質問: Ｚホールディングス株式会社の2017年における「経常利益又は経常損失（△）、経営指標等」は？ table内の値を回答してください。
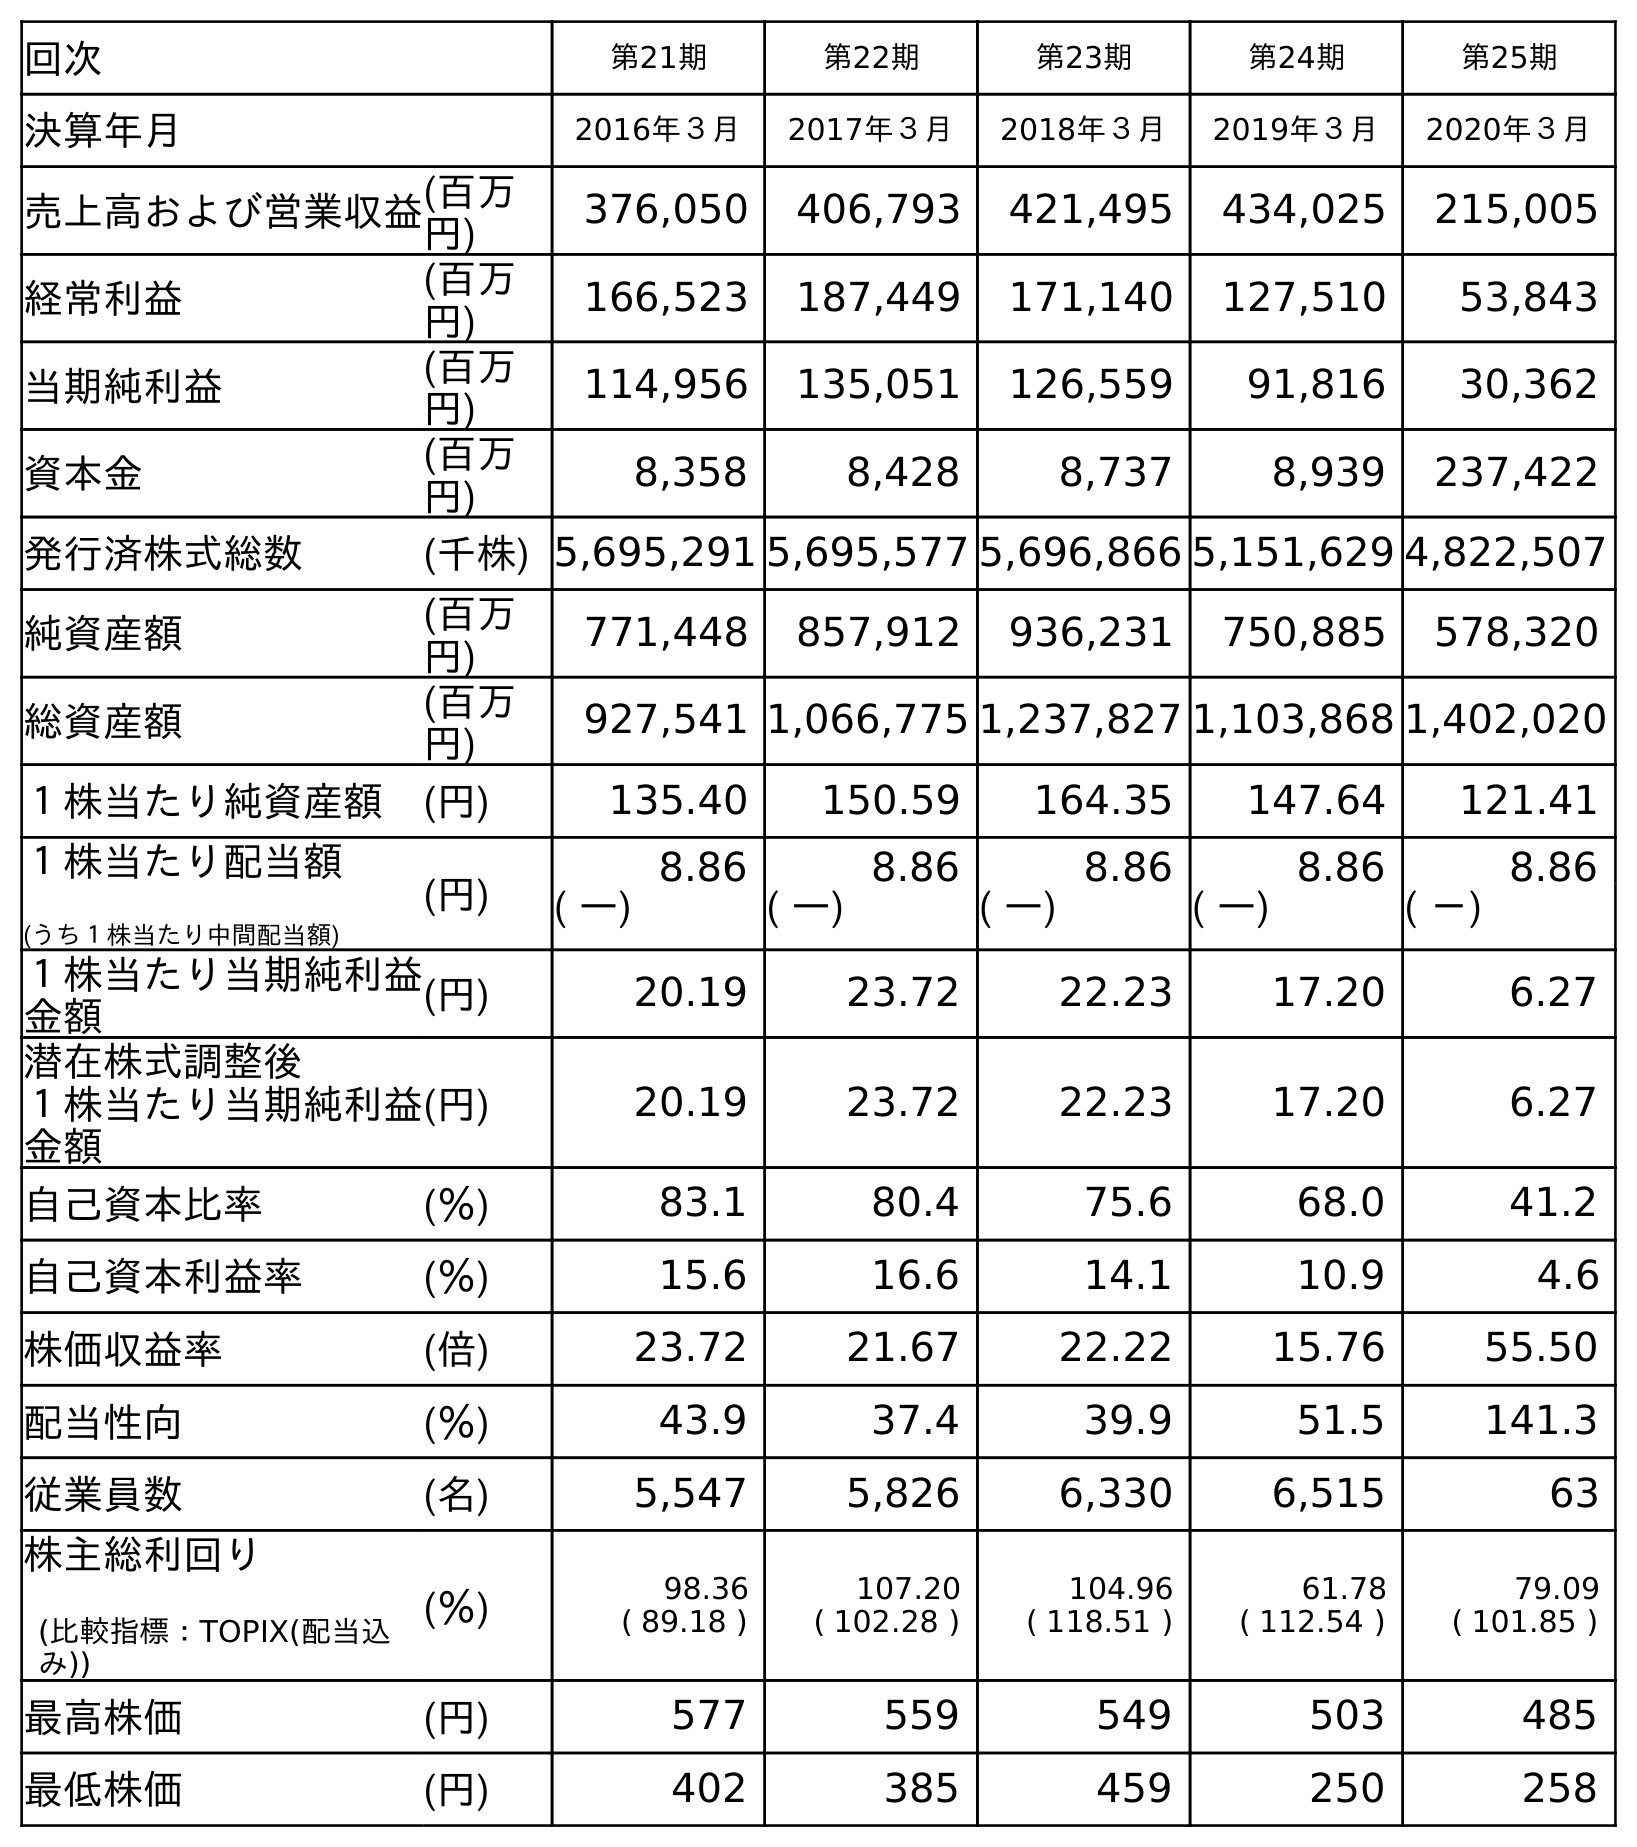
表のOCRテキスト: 回次 第21期 第22期 第23期 第24期 第25期 決算年月 2016年３月 2017年３月 2018年３月 2019年３月 2020年３月 売上高および営業収益(百万 円) 376,050 406,793 421,495 434,025 215,005 経常利益 (百万 円) 166,523 187,449 171,140 127,510 53,843 当期純利益 (百万 円) 114,956 135,051 126,559 91,816 30,362 資本金 (百万 円) 8,358 8,428 8,737 8,939 237,422 発行済株式総数 (千株) 5,695,291 5,695,577 5,696,866 5,151,629 4,822,507 純資産額 (百万 円) 771,448 857,912 936,231 750,885 578,320 総資産額 (百万 円) 927,541 1,066,775 1,237,827 1,103,868 1,402,020 １株当たり純資産額 (円) 135.40 150.59 164.35 147.64 121.41 １株当たり配当額 (うち１株当たり中間配当額) (円) 8.86 8.86 8.86 8.86 8.86 ( ―) ( ―) ( ―) ( ―) ( －) １株当たり当期純利益 金額 (円) 20.19 23.72 22.23 17.20 6.27 潜在株式調整後 １株当たり当期純利益 金額 (円) 20.19 23.72 22.23 17.20 6.27 自己資本比率 (％) 83.1 80.4 75.6 68.0 41.2 自己資本利益率 (％) 15.6 16.6 14.1 10.9 4.6 株価収益率 (倍) 23.72 21.67 22.22 15.76 55.50 配当性向 (％) 43.9 37.4 39.9 51.5 141.3 従業員数 (名) 5,547 5,826 6,330 6,515 63 株主総利回り (比較指標：TOPIX(配当込 み)) (％) 98.36 ( 89.18 ) 107.20 ( 102.28 ) 104.96 ( 118.51 ) 61.78 ( 112.54 ) 79.09 ( 101.85 ) 最高株価 (円) 577 559 549 503 485 最低株価 (円) 402 385 459 250 258
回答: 187,449